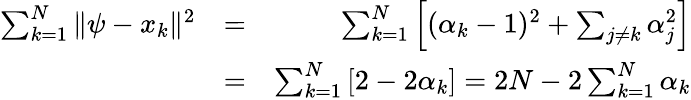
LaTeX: \begin{array}{rlr}{\sum_{k=1}^{N}\| \psi-x_{k}\| ^{2}}&{=}&{\sum_{k=1}^{N}\left[(\alpha_{k}-1)^{2}+\sum_{j\neq k}\alpha_{j}^{2}\right]}\\ &{=}&{\sum_{k=1}^{N}\left[2-2\alpha_{k}\right]=2N-2\sum_{k=1}^{N}\alpha_{k}}\end{array}